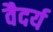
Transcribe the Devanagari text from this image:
वैदर्य